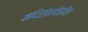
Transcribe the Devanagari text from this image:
मंदिरांनादेखील